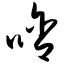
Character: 啥